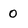
Character: 0